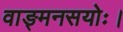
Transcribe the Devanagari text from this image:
वाङ्मनसयोः।